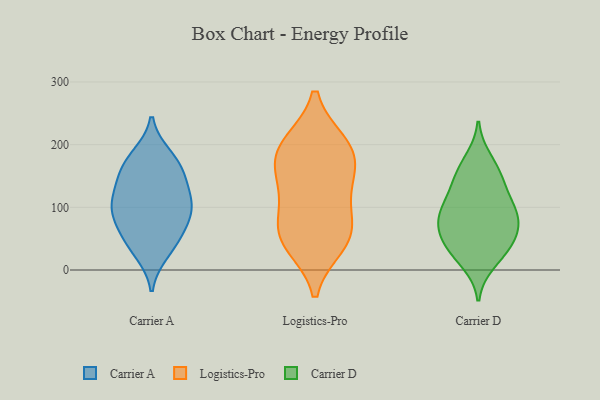
{"axis": {"x": "Budget (USD K)", "y": "Value"}, "legend": ["Carrier A", "Carrier D", "Logistics-Pro"], "data": [{"x": "", "y": 68, "type": "Carrier A"}, {"x": "", "y": 182, "type": "Carrier A"}, {"x": "", "y": 99, "type": "Carrier A"}, {"x": "", "y": 39, "type": "Carrier A"}, {"x": "", "y": 103, "type": "Carrier A"}, {"x": "", "y": 28, "type": "Carrier A"}, {"x": "", "y": 111, "type": "Carrier A"}, {"x": "", "y": 149, "type": "Carrier A"}, {"x": "", "y": 176, "type": "Carrier A"}, {"x": "", "y": 85, "type": "Carrier A"}, {"x": "", "y": 57, "type": "Carrier A"}, {"x": "", "y": 141, "type": "Carrier A"}, {"x": "", "y": 160, "type": "Carrier A"}, {"x": "", "y": 107, "type": "Carrier A"}, {"x": "", "y": 130, "type": "Logistics-Pro"}, {"x": "", "y": 191, "type": "Logistics-Pro"}, {"x": "", "y": 194, "type": "Logistics-Pro"}, {"x": "", "y": 42, "type": "Logistics-Pro"}, {"x": "", "y": 59, "type": "Logistics-Pro"}, {"x": "", "y": 200, "type": "Logistics-Pro"}, {"x": "", "y": 168, "type": "Logistics-Pro"}, {"x": "", "y": 129, "type": "Logistics-Pro"}, {"x": "", "y": 52, "type": "Logistics-Pro"}, {"x": "", "y": 71, "type": "Logistics-Pro"}, {"x": "", "y": 49, "type": "Carrier D"}, {"x": "", "y": 35, "type": "Carrier D"}, {"x": "", "y": 156, "type": "Carrier D"}, {"x": "", "y": 88, "type": "Carrier D"}, {"x": "", "y": 64, "type": "Carrier D"}, {"x": "", "y": 131, "type": "Carrier D"}, {"x": "", "y": 87, "type": "Carrier D"}, {"x": "", "y": 54, "type": "Carrier D"}, {"x": "", "y": 85, "type": "Carrier D"}, {"x": "", "y": 147, "type": "Carrier D"}, {"x": "", "y": 176, "type": "Carrier D"}, {"x": "", "y": 112, "type": "Carrier D"}, {"x": "", "y": 12, "type": "Carrier D"}, {"x": "", "y": 28, "type": "Carrier D"}, {"x": "", "y": 92, "type": "Carrier D"}]}